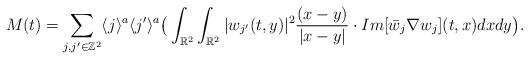
LaTeX: \begin{align*}M(t)=\sum_{j,j'\in \mathbb{Z}^2} \langle j \rangle^a \langle j' \rangle^a \big(\int_{\mathbb{R}^2} \int_{\mathbb{R}^2} |w_{j'}(t,y)|^2 \frac{(x-y)}{|x-y|}\cdot Im[\bar{w}_j\nabla w_j](t,x)dxdy \big).\end{align*}